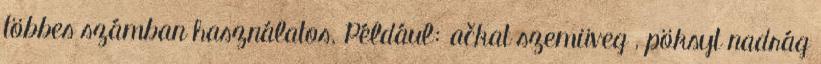
többes számban használatos. Például: ačkat szemüveg , pöksyt nadrág